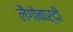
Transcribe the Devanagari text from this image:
लैंगोबार्दी